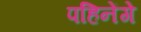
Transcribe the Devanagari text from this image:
पहिनेंगे